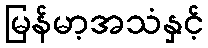
မြန်မာ့အသံနှင့်